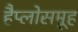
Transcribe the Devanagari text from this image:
हैप्लोसमूह